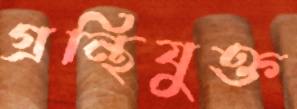
গ্রন্থিযুক্ত